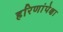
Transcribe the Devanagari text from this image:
हरिणांपेक्षा